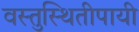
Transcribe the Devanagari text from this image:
वस्तुस्थितीपायी